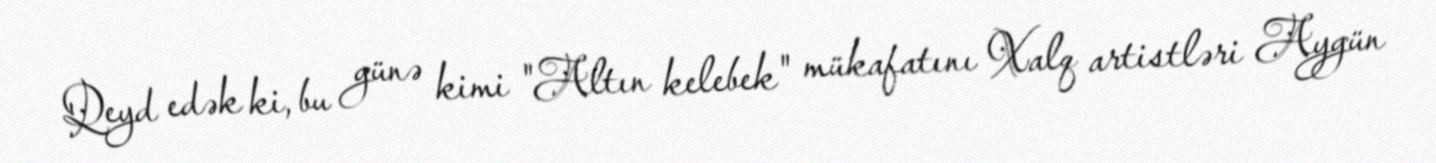
Qeyd edək ki, bu günə kimi "Altın kelebek" mükafatını Xalq artistləri Aygün